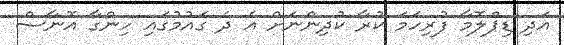
އަދި ޑިޕްލޮމާ ފުރިހަމަ ކުރާ ކުދިންނަށް އެ ދެ ގައުމުގައި ހިންގާ އޮނާސް